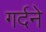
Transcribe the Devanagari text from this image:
गर्दने